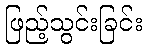
ဖြည့်သွင်းခြင်း